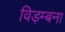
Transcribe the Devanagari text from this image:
विड़म्बना